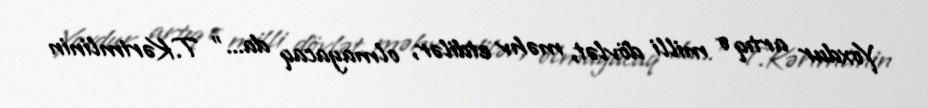
Yoxdur artıq o milli dövlət, məhv etdilər, olmayacaq da...” T.Kərimlinin